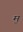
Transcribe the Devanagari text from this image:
म॒